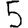
Digit: 5